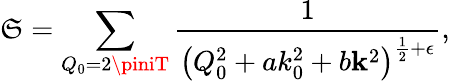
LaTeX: \mathfrak{S}=\sum_{Q_{0}=2\piniT}\frac{{1}}{{\left(Q_{0}^{2}+ak_{0}^{2}+b{\mathbf{k}}^{2}\right)^{\frac{1}{2}+\epsilon}}},